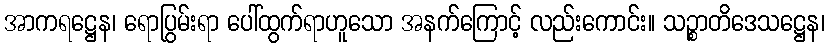
အာကရဋ္ဌေန၊ ရောပြွမ်းရာ ပေါ်ထွက်ရာဟူသော အနက်ကြောင့် လည်းကောင်း။ သဉ္စာတိဒေသဋ္ဌေန၊